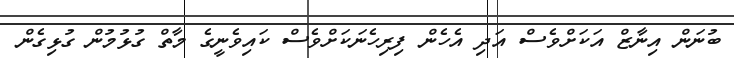
ބުނަން އިނާޒް އަކަށްވެސް އަދި އެހެން ފިރިހެނަކަށްވެސް ކައިވެނީގެ މާތް ގުޅުމުން ގުޅިގެން